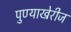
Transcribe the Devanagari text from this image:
पुण्याखेरीज